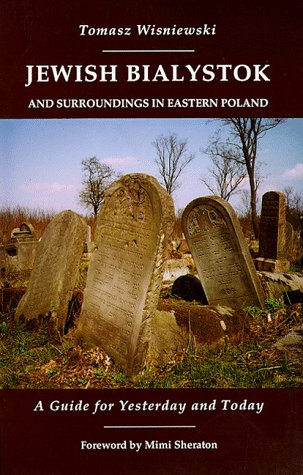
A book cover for Jewish Bialystok And Surroundings in Eastern Poland; Tomasz Wisniewski; Travel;